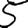
Digit: 5